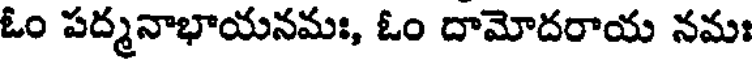
ఓం పద్మనాభాయనమః, ఓం దామోదరాయ నమః